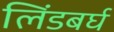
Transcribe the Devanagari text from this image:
लिंडबर्घ